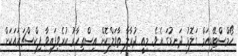
ހޯމްސްޓޭޑިއަމް ގަލޮޅު ދަނޑުގަ އެވެ. މިއީ ދުރާލާ ތާވަލްކޮށް އިސްތިހާރު ކުރެވިފައިވާ ފިކްސްޗަރައަކަށް